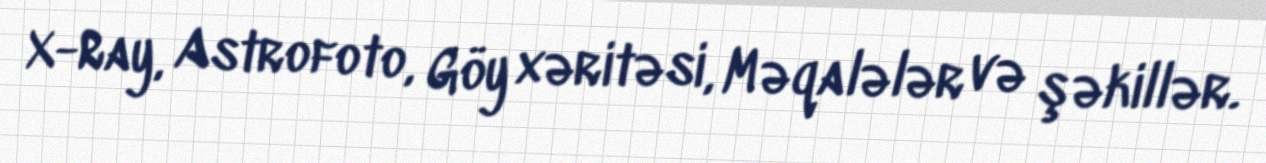
X-Ray, Astrofoto, Göy xəritəsi, Məqalələr və şəkillər.